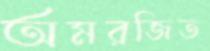
অমরজিত